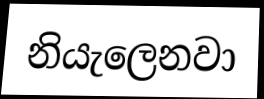
නියැලෙනවා